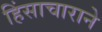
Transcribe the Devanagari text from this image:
हिंसाचाराने